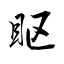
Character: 眍